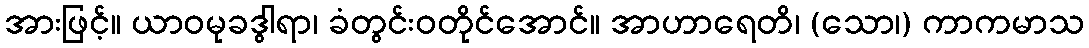
အားဖြင့်။ ယာဝမုခဒွါရာ၊ ခံတွင်းဝတိုင်အောင်။ အာဟာရေတိ၊ (သော၊) ကာကမာသ